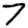
Digit: 7